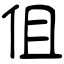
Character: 伹